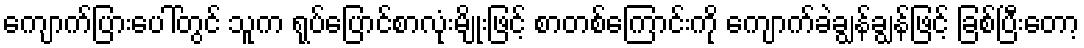
ကျောက်ပြားပေါ်တွင် သူက ရုပ်ပြောင်စာလုံးမျိုးဖြင့် စာတစ်ကြောင်းကို ကျောက်ခဲချွန်ချွန်ဖြင့် ခြစ်ပြီးတော့